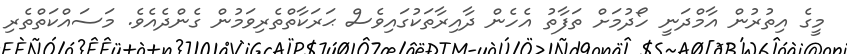
މީގެ އިތުރުން އާމްދަނީ ހޯދުމަށް ތަފާތު އެހެން ދާއިރާތަކުގައިވެސް ޙަރަކާތްތެރިވަމުން ގެންދެއެވެ. މަސައްކަތްތެރި